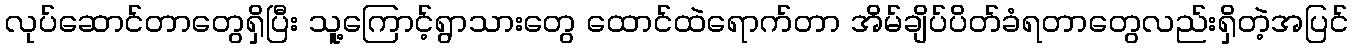
လုပ်ဆောင်တာတွေရှိပြီး သူ့ကြောင့်ရွာသားတွေ ထောင်ထဲရောက်တာ အိမ်ချိပ်ပိတ်ခံရတာတွေလည်းရှိတဲ့အပြင်